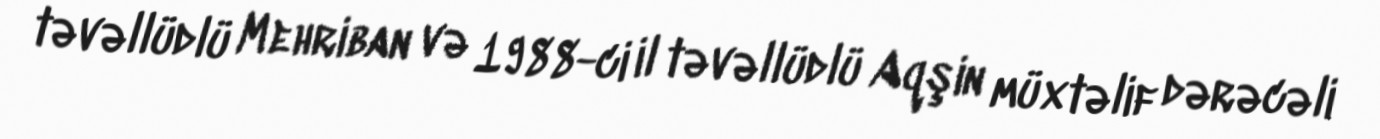
təvəllüdlü Mehriban və 1988-ci il təvəllüdlü Aqşin müxtəlif dərəcəli